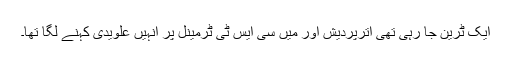
ایک ٹرین جا رہی تھی اترپردیش اور میں سی ایس ٹی ٹرمینل پر انہیں علویدی کہنے لگا تھا۔